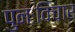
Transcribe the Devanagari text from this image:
पुनःविचार